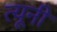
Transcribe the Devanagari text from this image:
त्‍यूनी